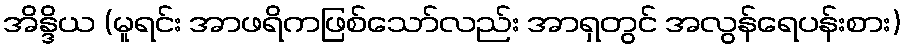
အိန္ဒိယ (မူရင်း အာဖရိကဖြစ်သော်လည်း အာရှတွင် အလွန်ရေပန်းစား)